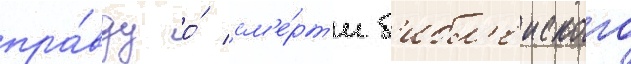
пра́вду о́ см'е́рт'и б'ибл'еиского